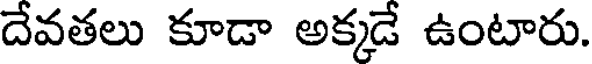
దేవతలు కూడా అక్కడే ఉంటారు.